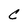
Character: C